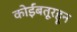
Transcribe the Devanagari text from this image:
कोईंबतूरहून